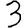
Digit: 3